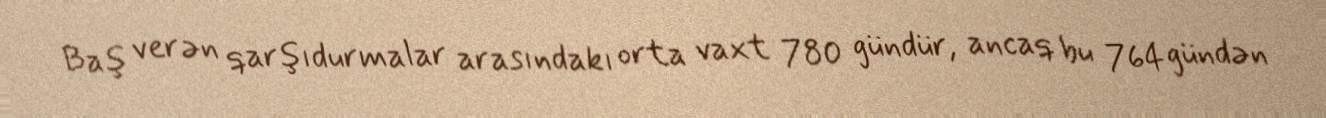
Baş verən qarşıdurmalar arasındakı orta vaxt 780 gündür, ancaq bu 764 gündən